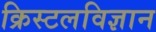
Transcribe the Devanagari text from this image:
क्रिस्टलविज्ञान